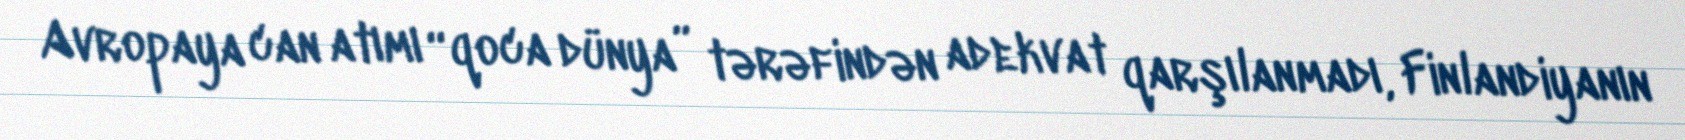
Avropaya can atımı “qoca dünya” tərəfindən adekvat qarşılanmadı, Finlandiyanın